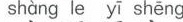
shàng le yī shēng